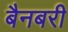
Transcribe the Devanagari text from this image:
बैनबरी